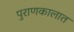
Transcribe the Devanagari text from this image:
पुराणकालात